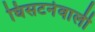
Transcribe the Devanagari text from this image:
घिसटनेवाली